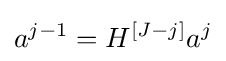
a^{j-1}=H^{\left[J-j\right]}a^{j}